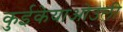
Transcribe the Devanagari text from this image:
कुईकेयाओउली